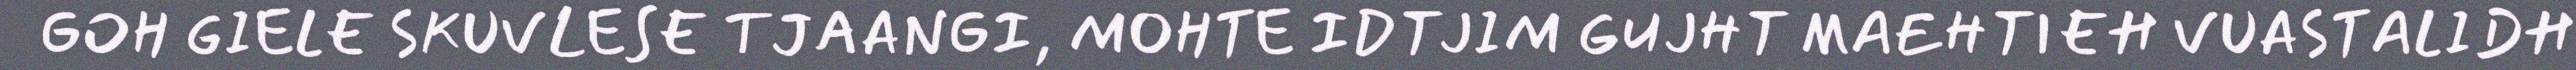
GOH GIELE SKUVLESE TJAANGI, MOHTE IDTJIM GUJHT MAEHTIEH VUASTALIDH